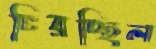
চিরচ্ছিল